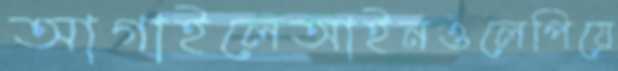
আগাইলেআইনওলেপিয়ে